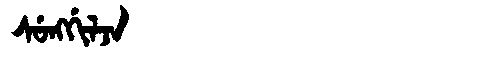
Manchu: ᠰᡠᠩᡤᡳᠯᠵᠠ
Romanization: SUNGGILJA